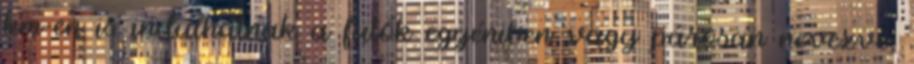
km-en is indulhatnak a futók egyéniben vagy párosan nevezve,